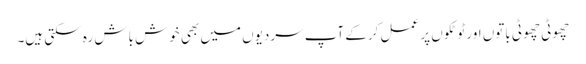
چھوٹی چھوٹی باتوں اور ٹوٹکوں پر عمل کرکے آپ سردیوں میں بھی خوش باش رہ سکتی ہیں۔